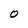
Character: O